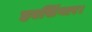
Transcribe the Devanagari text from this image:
हरसिंगार।